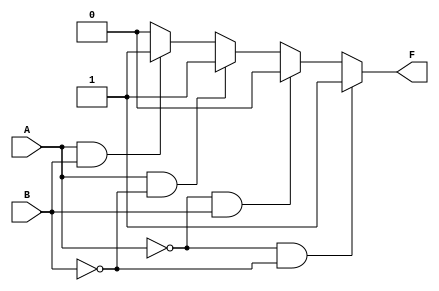
module two_variable_kmap (
    input wire A,  // Input A
    input wire B,  // Input B
    output wire F  // Output F
);

// K-map filling values
parameter F0 = 1; // m0: A=0, B=0
parameter F1 = 0; // m1: A=0, B=1
parameter F2 = 1; // m2: A=1, B=0
parameter F3 = 1; // m3: A=1, B=1

// Combinational logic to determine F based on A and B
assign F = (A == 0 && B == 0) ? F0 :
           (A == 0 && B == 1) ? F1 :
           (A == 1 && B == 0) ? F2 :
           (A == 1 && B == 1) ? F3 : 1'b0; // Default case

endmodule